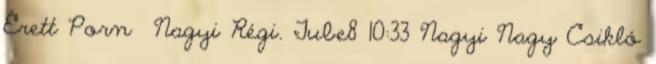
Érett Porn Nagyi Régi. Tube8 10:33 Nagyi Nagy Csikló